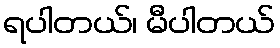
ရပါတယ်၊ မီပါတယ်